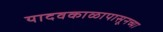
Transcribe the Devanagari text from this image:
यादवकाळापासूनच्या